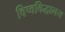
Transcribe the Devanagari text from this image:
विष्वविद्धालय